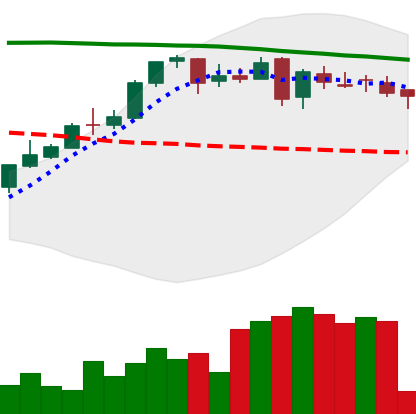
Ticker: DOGE-USD
Chart end date: 2018-05-01
Forward return: -3.383%
Label: down_3_5